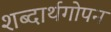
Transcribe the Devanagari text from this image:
शब्दार्थगोपन